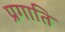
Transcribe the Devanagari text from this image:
प्रगाति